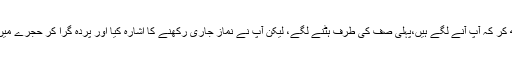
حضرت ابوبکر یہ سمجھ کر کہ آپ آنے لگے ہیں،پہلی صف کی طرف ہٹنے لگے، لیکن آپ نے نماز جاری رکھنے کا اشارہ کیا اور پردہ گرا کر حجرے میں واپس تشریف لے گئے۔